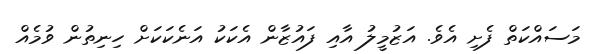
މަސައްކަތް ފެށި އެވެ. އަޒުމީލު އާއި ފައުޒާން އެކަކު އަނެކަކަށް ހިނިތުން ވުމެއް